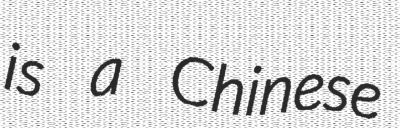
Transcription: is a Chinese